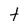
Character: t